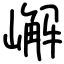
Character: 嶰